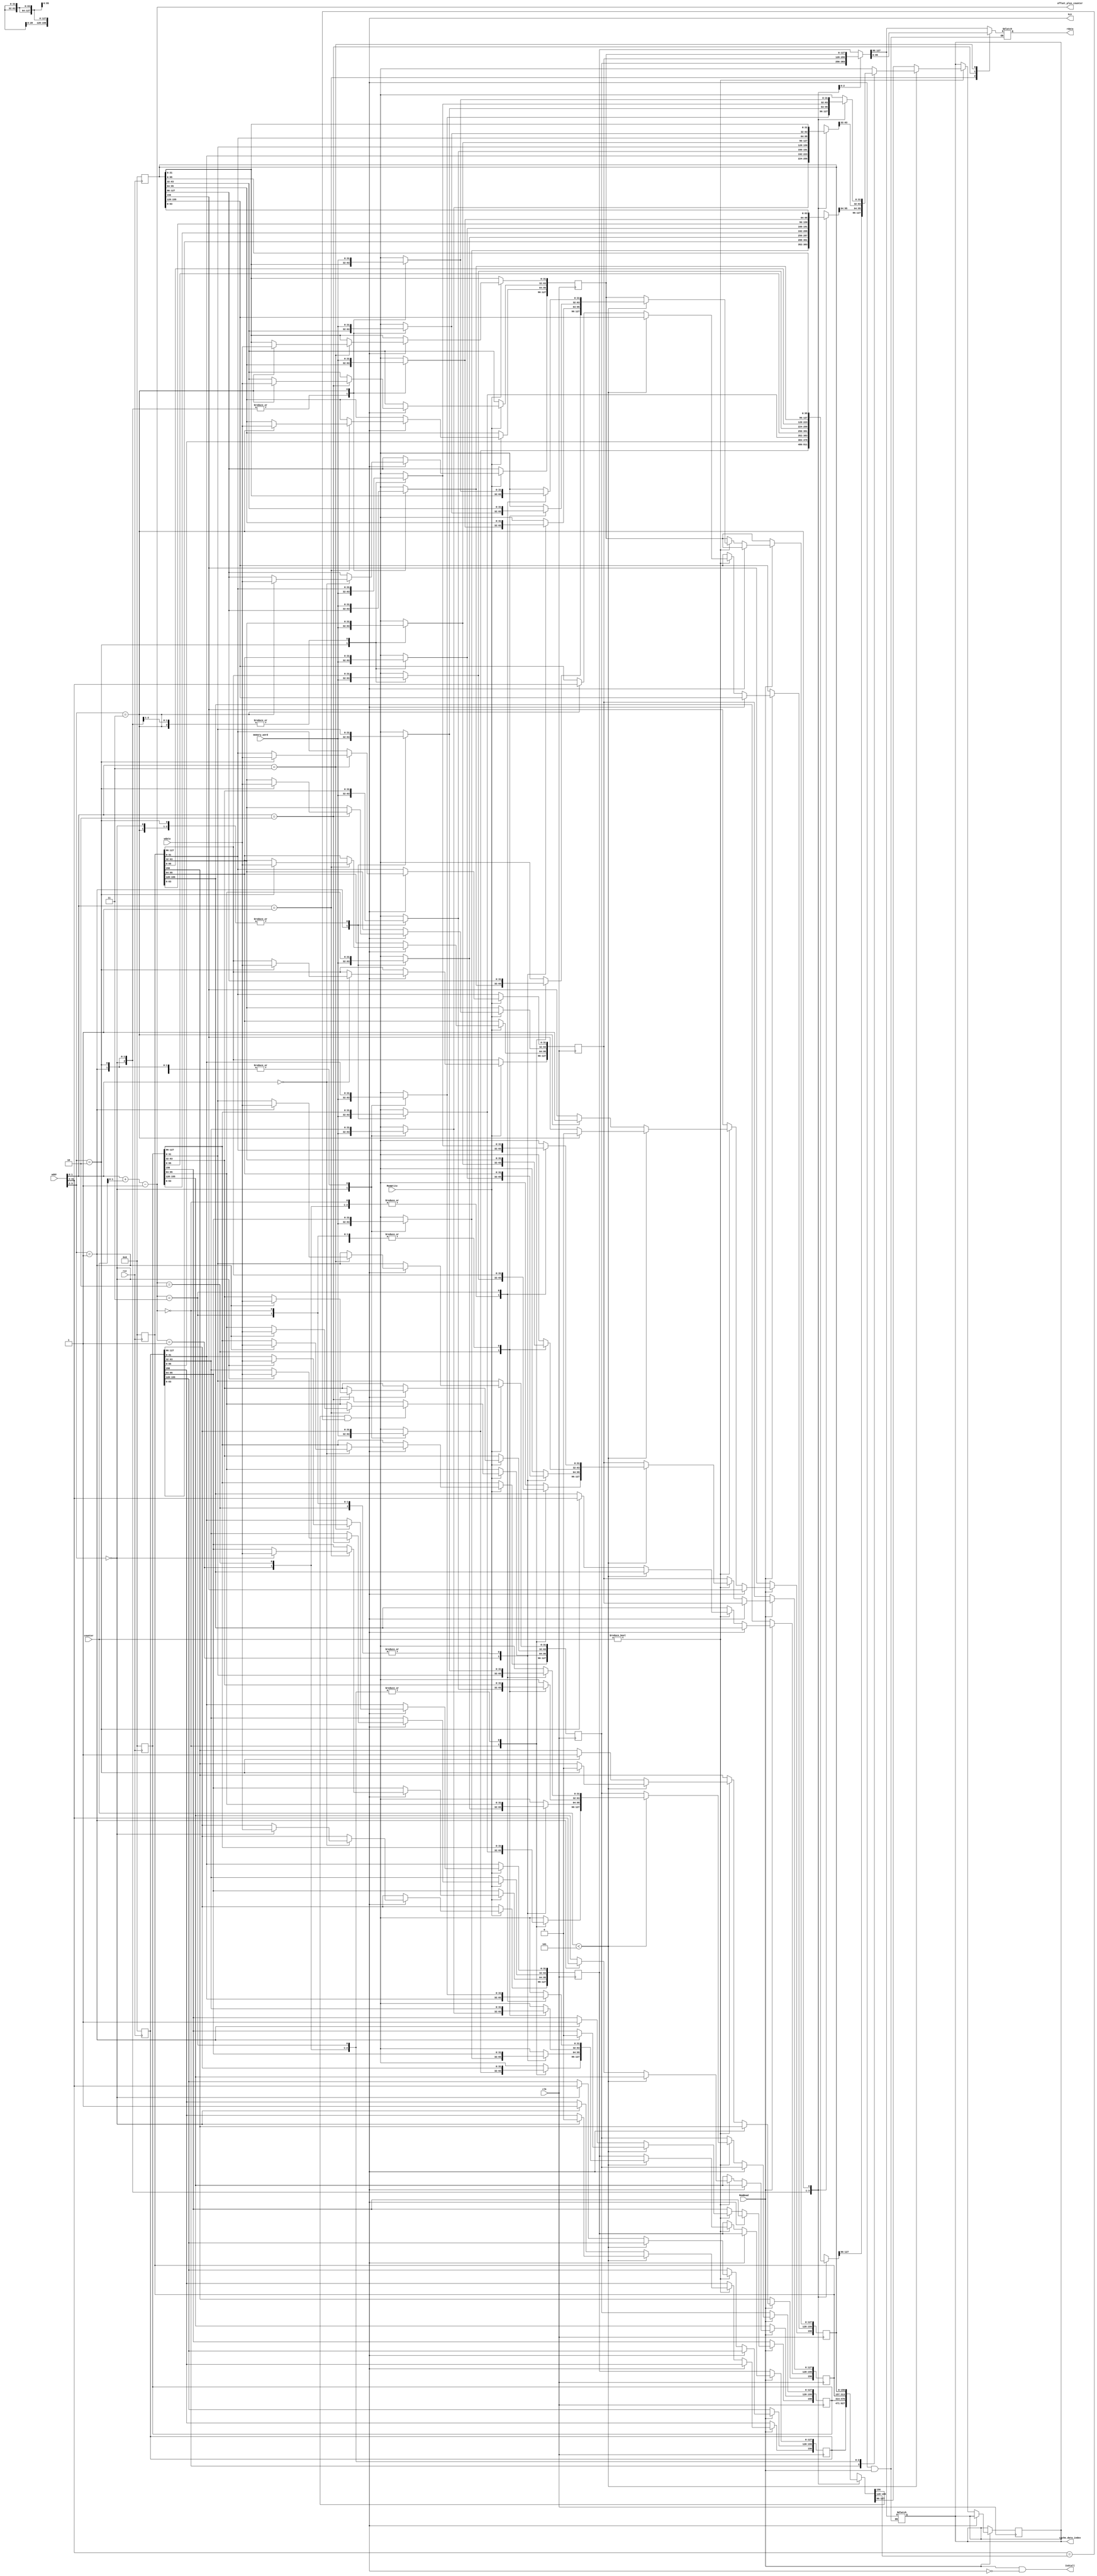
module cache_memory(
	input clk,
	input rst,
	input [31:0] addr,
	input [31:0] wdata,
	input [31:0] memory_word,
	input [2:0] counter,
	input MemWrite,
	input MemRead,
	// input EndRead_from_memory,

	output [31:0] cache_data_index,
	output [1:0] offset_plus_counter,
	output IsStall,
	output hit,
	output [31:0] rdata);

integer i;

wire v;
wire [28:0] tag;
wire [1:0] index;
wire [1:0] offset;

integer int_offset;

reg [31:0] rdata;
reg [31:0] cache_data_index;
wire [1:0] offset_plus_counter;

reg [156:0] cache_data [3:0];


assign index = addr[3:2];
assign tag = addr[31:4];
assign offset = addr[1:0];

assign v = cache_data[index][156];
assign hit = v & (tag == cache_data[index][155:128]);

assign IsStall = MemRead & !hit;
assign offset_plus_counter = offset + counter -1;
initial begin

end

always @(posedge rst) begin
	if(rst) begin
		for (i = 0; i < 4; i = i + 1) begin
		 	cache_data[i] <= 0;
		end
	end
end


always @(posedge clk)
if(MemWrite) begin
	if (hit) begin
		case(offset)
		  2'b00: cache_data[index][127 : 96] <= wdata;
		  2'b01: cache_data[index][95: 64] <= wdata;
		  2'b10: cache_data[index][63 : 32] <= wdata; 
		  2'b11: cache_data[index][31 : 0] <= wdata;
	  	endcase
		
	end
end

always @(posedge clk)
if(MemRead) begin
	if (!hit)
	begin
		if (counter != 0) begin
		if (counter < 5) begin
			case(offset_plus_counter)
			  0: begin cache_data[index][127 : 96] = memory_word;  cache_data_index <= cache_data[index][127 : 96]; end
			  1: begin cache_data[index][95: 64] = memory_word;   cache_data_index <= cache_data[index][95: 64]; end
			  2: begin cache_data[index][63 : 32] = memory_word;   cache_data_index <= cache_data[index][63 : 32]; end
			  3: begin cache_data[index][31 : 0] = memory_word;   cache_data_index <= cache_data[index][31 : 0]; end
		  	endcase
			cache_data[index][156] <= 0;
			
		end
		else
		begin
			cache_data_index <= cache_data[index][127 : 96];
			cache_data[index][156] <= 1;
			cache_data[index][155:128] <= tag;
		end
	end
	end
end

always @(*) begin 
	if (hit & MemRead) begin
	cache_data_index <= cache_data[index][127 : 96];
	case(offset)
	  2'b00: rdata <= cache_data[index][127 : 96];
	  2'b01: rdata <= cache_data[index][95: 64];
	  2'b10: rdata <= cache_data[index][63 : 32];
	  2'b11: rdata <= cache_data[index][31 : 0];
  	endcase
end
end


endmodule